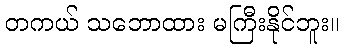
တကယ် သဘောထား မကြီးနိုင်ဘူး။